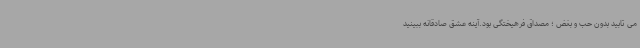
می تابید بدون حب و بغض ؛ مصداق فرهیختگی بود.آینه عشق صادقانه ببینید